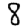
Digit: 8